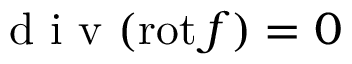
\normalfont { \textrm { d i v } } ( \mathrm { r o t } \, f ) = 0